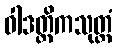
ဝါဒတ္ထိကသုတ္တံ